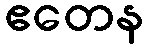
ဧတေန